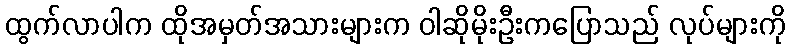
ထွက်လာပါက ထိုအမှတ်အသားများက ဝါဆိုမိုးဦးကပြောသည် လုပ်များကို